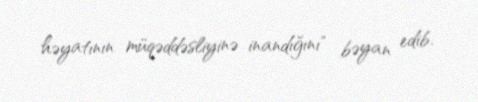
həyatının müqəddəsliyinə inandığını" bəyan edib.